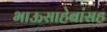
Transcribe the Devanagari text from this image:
भाऊसाहेबांसह